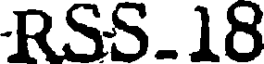
RSS.18